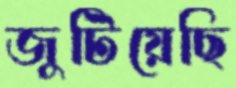
জুটিয়েছি